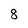
Character: 8